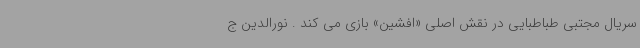
سریال مجتبی طباطبایی در نقش اصلی «افشین» بازی می کند . نورالدین ج